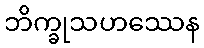
ဘိက္ခုသဟဿေန